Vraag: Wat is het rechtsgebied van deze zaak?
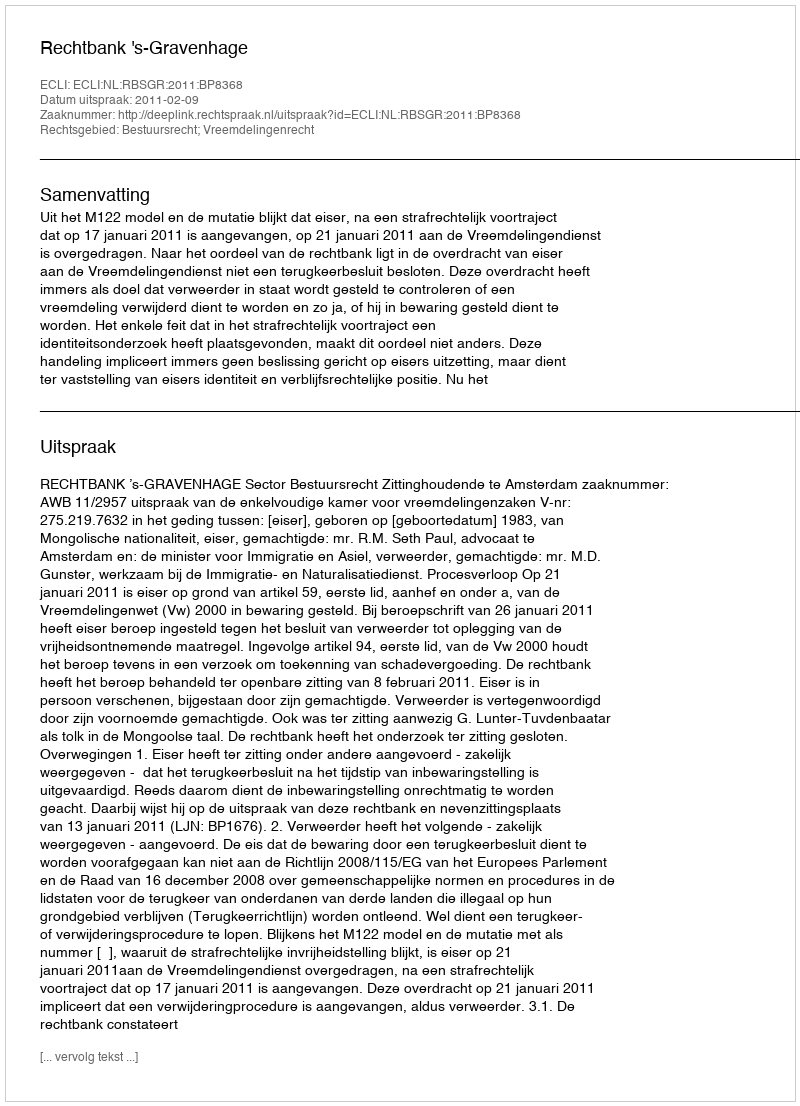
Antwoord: Bestuursrecht; Vreemdelingenrecht